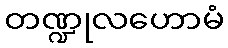
တဏ္ဍုလဟောမံ